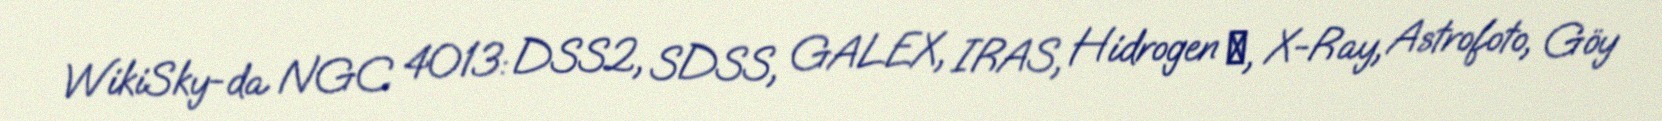
WikiSky-da NGC 4013: DSS2, SDSS, GALEX, IRAS, Hidrogen α, X-Ray, Astrofoto, Göy